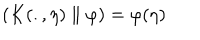
LaTeX: \left( K ( . , \eta ) \parallel \varphi \right) = \varphi ( \eta )